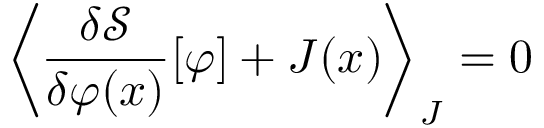
\left\langle { \frac { \delta { \mathcal { S } } } { \delta \varphi ( x ) } } [ \varphi ] + J ( x ) \right\rangle _ { J } = 0